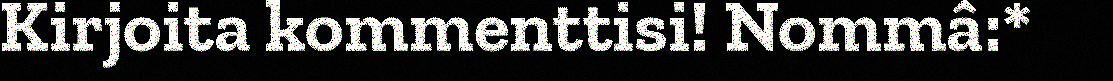
Kirjoita kommenttisi! Nommâ:*